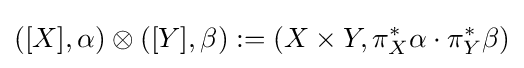
([X],\alpha )\otimes ([Y],\beta ):=(X\times Y,\pi _{X}^{*}\alpha \cdot \pi _{Y}^{*}\beta )